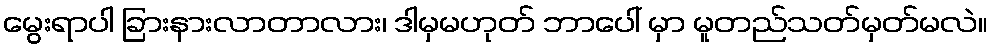
မွေးရာပါ ခြားနားလာတာလား၊ ဒါမှမဟုတ် ဘာပေါ် မှာ မူတည်သတ်မှတ်မလဲ။